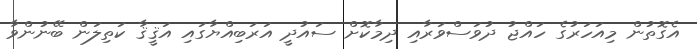
އެގޮތުން މިއަހަރުގެ ހައްޖު ދުވަސްވަރާއި ދިމާކޮށް ސައުދީ އަރަބިއްޔާގައި އަޤީޤާ ކަތިލަން ބޭނުންވާ